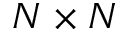
N \times N